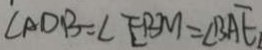
\angle A D B = \angle E B M = \angle B A E